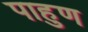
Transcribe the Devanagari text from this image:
पाहुण